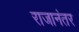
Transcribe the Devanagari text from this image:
राजानंतर